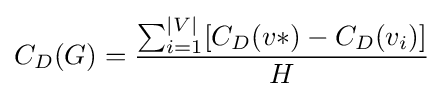
C_{D}(G)={\frac {\sum _{i=1}^{|V|}[C_{D}(v*)-C_{D}(v_{i})]}{H}}